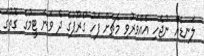
ލަނޑެއް ނުޖެހި އެއްވަރުވި މެޗަށް ފަހު ގްރޫޕުގެ ދެ ވަނަ ޓީމުގެ ގޮތުގަ